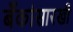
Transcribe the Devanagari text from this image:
बँकांसारखी